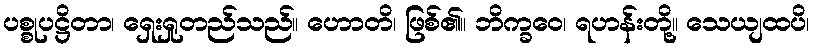
ပစ္စုပဋ္ဌိတာ၊ ရှေးရှုတည်သည်။ ဟောတိ၊ ဖြစ်၏။ ဘိက္ခဝေ၊ ရဟန်းတို့။ သေယျထပိ၊